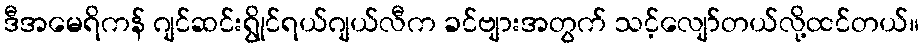
ဒီအမေရိကန် ဂျင်ဆင်းရွိုင်ရယ်ဂျယ်လီက ခင်ဗျားအတွက် သင့်လျော်တယ်လို့ထင်တယ်။